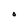
Character: O